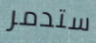
ستدمر